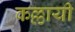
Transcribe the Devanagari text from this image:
कल्लायी